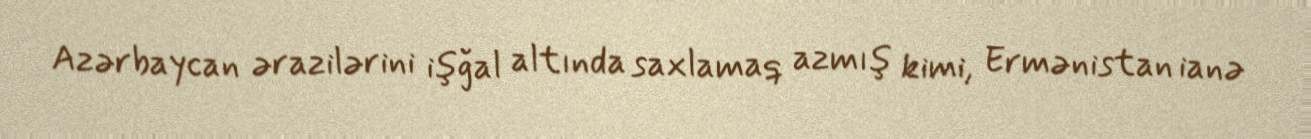
Azərbaycan ərazilərini işğal altında saxlamaq azmış kimi, Ermənistan ianə